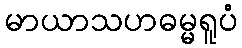
မာယာသဟဓမ္မရူပံ